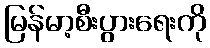
မြန်မာ့စီးပွားရေးကို